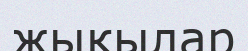
жықылар